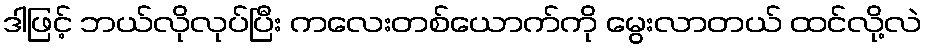
ဒါဖြင့် ဘယ်လိုလုပ်ပြီး ကလေးတစ်ယောက်ကို မွေးလာတယ် ထင်လို့လဲ